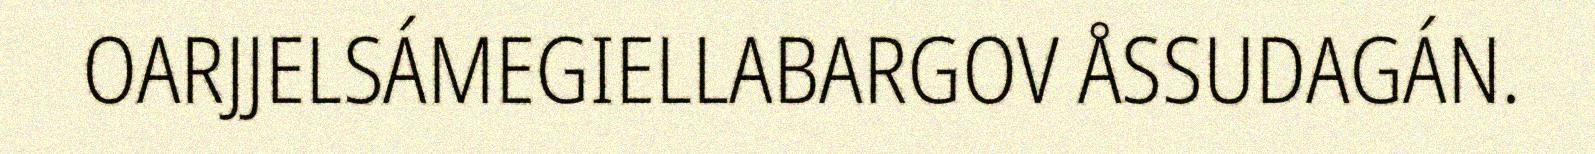
OARJJELSÁMEGIELLABARGOV ÅSSUDAGÁN.